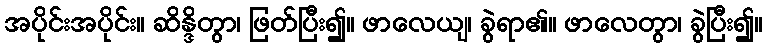
အပိုင်းအပိုင်း။ ဆိန္ဒိတွာ၊ ဖြတ်ပြီး၍။ ဖာလေယျ၊ ခွဲရာ၏။ ဖာလေတွာ၊ ခွဲပြီး၍။